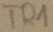
Text: TR1